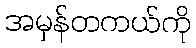
အမှန်တကယ်ကို